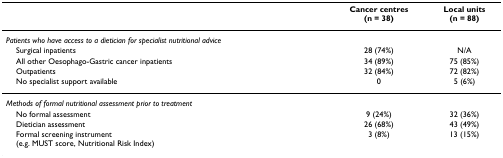
|  | Cancer centres(n = 38) | Local units(n = 88) |
 | --- | --- | --- |
 | Patients who have access to a dietician for specialist nutritional advice |  |  |
 | Surgical inpatients | 28 (74%) | N/A |
 | All other Oesophago-Gastric cancer inpatients | 34 (89%) | 75 (85%) |
 | Outpatients | 32 (84%) | 72 (82%) |
 | No specialist support available | 0 | 5 (6%) |
 | Methods of formal nutritional assessment prior to treatment |  |  |
 | No formal assessment | 9 (24%) | 32 (36%) |
 | Dietician assessment | 26 (68%) | 43 (49%) |
 | Formal screening instrument(e.g. MUST score, Nutritional Risk Index) | 3 (8%) | 13 (15%) |